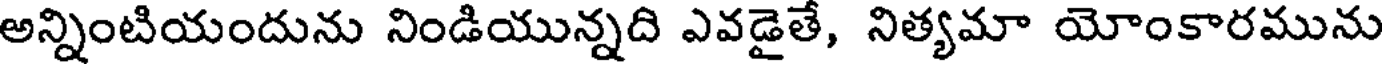
అన్నింటియందును నిండియున్నది ఎవడైతే, నిత్యమా యోంకారమును